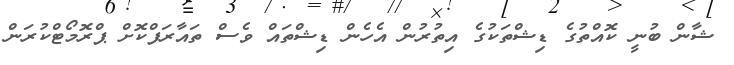
ޝާން ބުނީ ކޮއްތުގެ ޑިޝްތަކުގެ އިތުރުން އެހެން ޑިޝްތައް ވެސް ތައާރަފްކޮށް ޕްރޮމޯޓްކުރަން